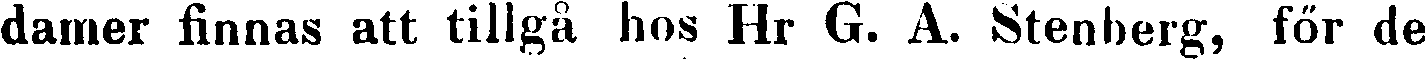
damer finnas att tillgå hos Hr G. A. Stenberg, för de